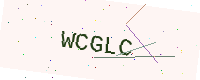
Text: WCGLC